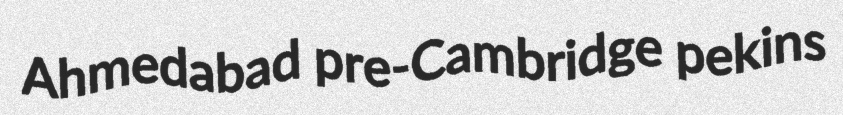
Ahmedabad pre-Cambridge pekins